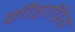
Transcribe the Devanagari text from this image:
क्रीड़ाप्रिय